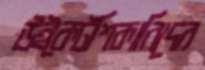
উইকেটশিকারিদের